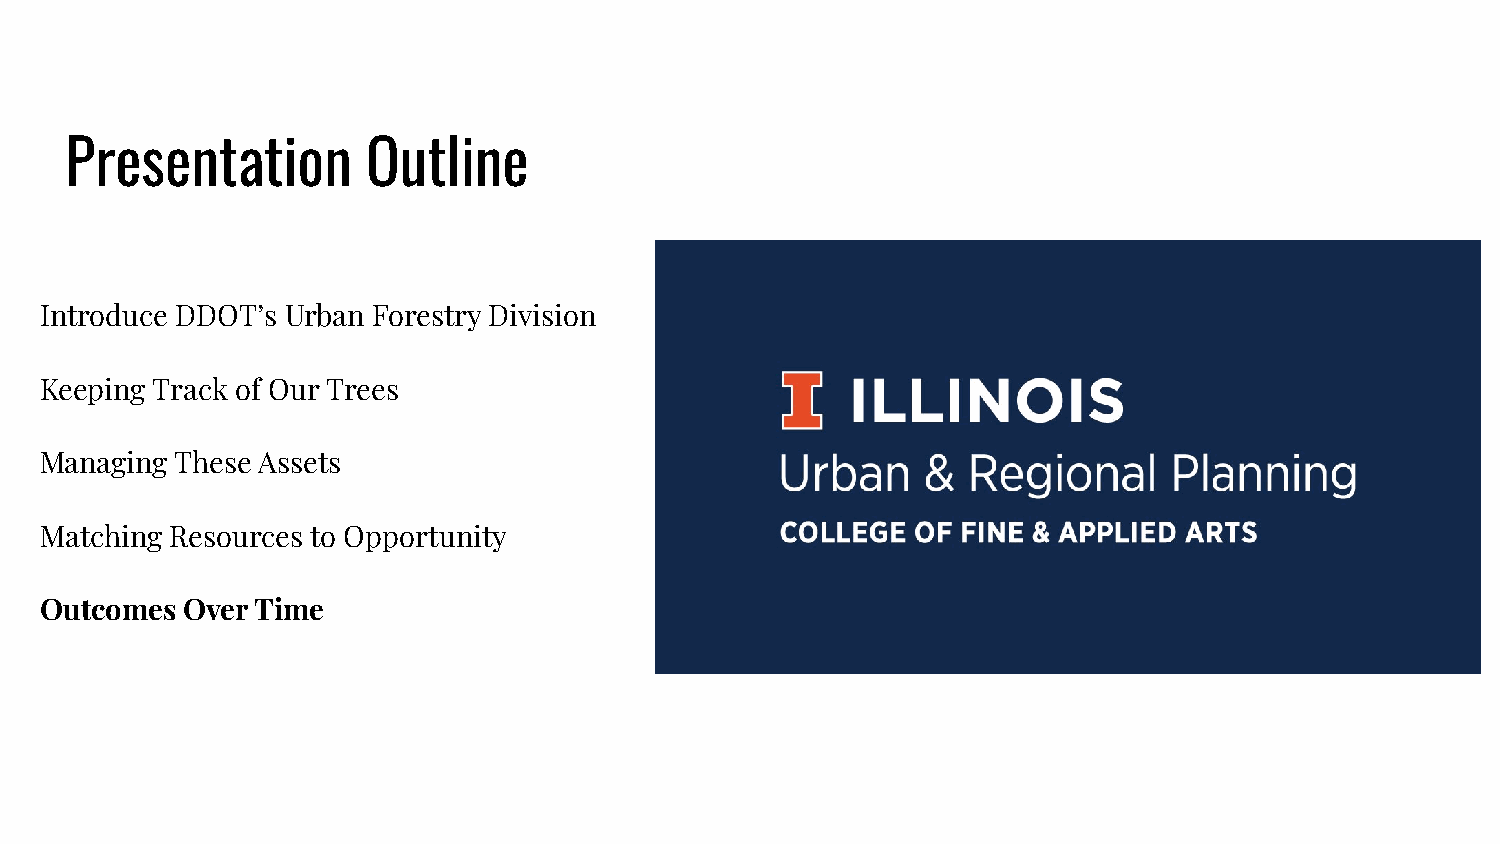
Presentation        Outline
 Introduce DDOT’s Urban Forestry Division
 Keeping Track of Our Trees
 Managing These Assets
 Matching Resources to Opportunity
 Outcomes Over Time